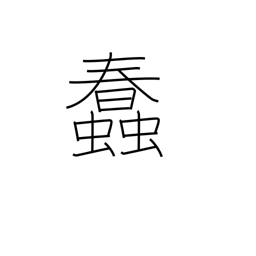
Meaning: wriggle